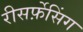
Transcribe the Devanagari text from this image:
रीसर्फ़ेसिंग